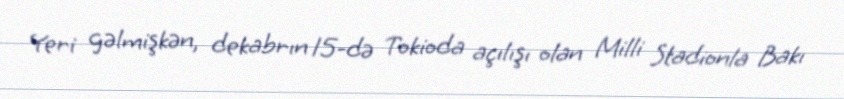
Yeri gəlmişkən, dekabrın 15-də Tokioda açılışı olan Milli Stadionla Bakı